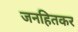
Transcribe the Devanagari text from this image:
जनहितकर